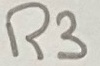
Text: R3